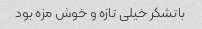
باتشکر خیلی تازه و خوش مزه بود